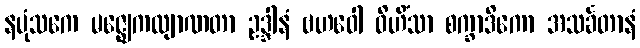
နပုံသကေ မဇ္ဈေကလျာဏတာ ဥဒ္ဒါနံ ဗဟဝေါ ဝိဟိံသာ စက္ခာဒိကော အသင်္ခတာနံ